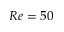
R e = 5 0